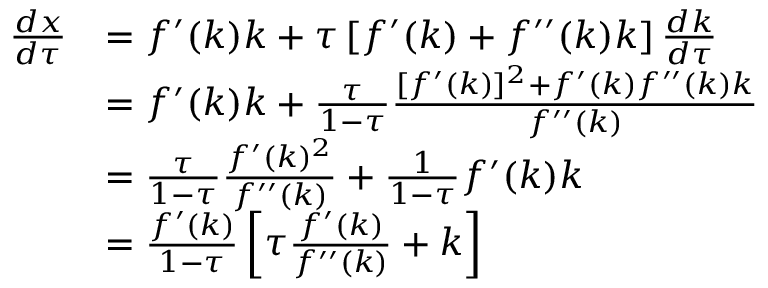
{ \begin{array} { r l } { { \frac { d x } { d \tau } } } & { = f ^ { \prime } ( k ) k + \tau \left[ f ^ { \prime } ( k ) + f ^ { \prime \prime } ( k ) k \right] { \frac { d k } { d \tau } } } \\ & { = f ^ { \prime } ( k ) k + { \frac { \tau } { 1 - \tau } } { \frac { [ f ^ { \prime } ( k ) ] ^ { 2 } + f ^ { \prime } ( k ) f ^ { \prime \prime } ( k ) k } { f ^ { \prime \prime } ( k ) } } } \\ & { = { \frac { \tau } { 1 - \tau } } { \frac { f ^ { \prime } ( k ) ^ { 2 } } { f ^ { \prime \prime } ( k ) } } + { \frac { 1 } { 1 - \tau } } f ^ { \prime } ( k ) k } \\ & { = { \frac { f ^ { \prime } ( k ) } { 1 - \tau } } \left[ \tau { \frac { f ^ { \prime } ( k ) } { f ^ { \prime \prime } ( k ) } } + k \right] } \end{array} }